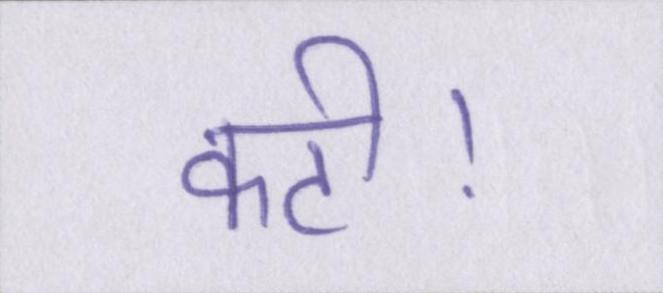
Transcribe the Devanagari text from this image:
कटी।